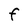
Character: F